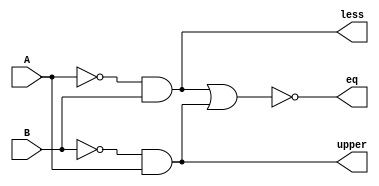
module comparator_1bit(A,B,eq,less,upper);
	output eq, less, upper;
	input A,B;
	wire not_A;
	wire not_B;
	not(not_A,A);
	not(not_B,B);
	// less A < B
	and(less,not_A,B);
	// upper A > B
	and(upper,not_B,A);
	nor(eq,less,upper);
endmodule